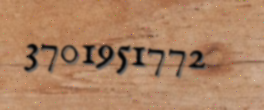
3701951772